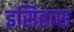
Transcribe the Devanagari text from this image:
इसिहास